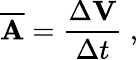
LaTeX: {\overline{{\mathbf{A}}}}={\frac{\Delta\mathbf{V}}{\Delta t}}\ ,